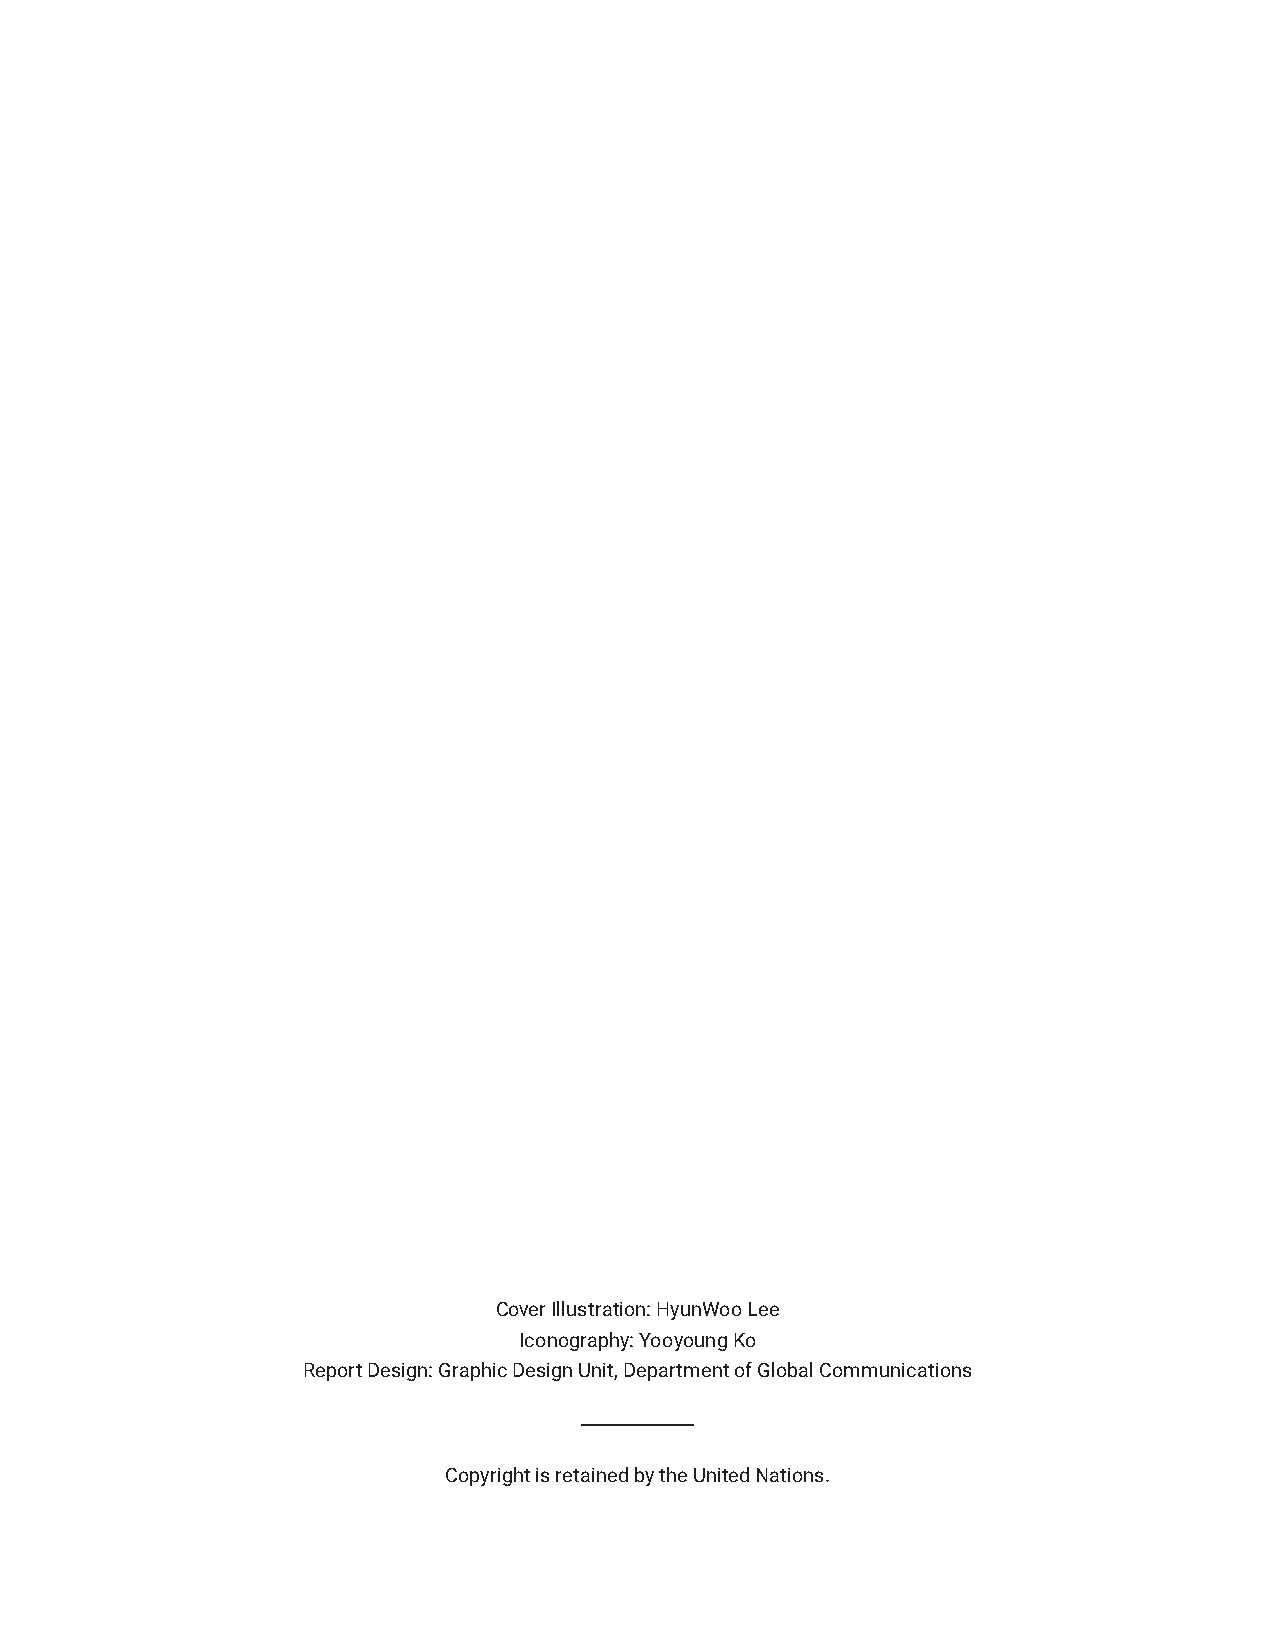
Cover Illustration: HyunWoo Lee
 Iconography: Yooyoung Ko
 Report Design: Graphic Design Unit, Department of Global Communications
 Copyright is retained by the United Nations.